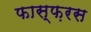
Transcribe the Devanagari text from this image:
फास्फ़रस